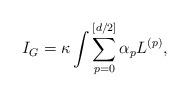
LaTeX: \begin{align*}I_{G}=\kappa \int \sum_{p=0}^{[d/2]}\alpha _{p}L^{(p)}, \end{align*}